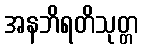
အနဘိရတိသုတ္တ